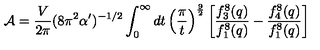
{ \cal A } = { \frac { V } { 2 \pi } } ( 8 \pi ^ { 2 } \alpha ^ { \prime } ) ^ { - 1 / 2 } \int _ { 0 } ^ { \infty } d t \left( { \frac { \pi } { t } } \right) ^ { \frac { 9 } { 2 } } \left[ { \frac { f _ { 3 } ^ { 8 } ( q ) } { f _ { 1 } ^ { 8 } ( q ) } } - { \frac { f _ { 4 } ^ { 8 } ( q ) } { f _ { 1 } ^ { 8 } ( q ) } } \right]